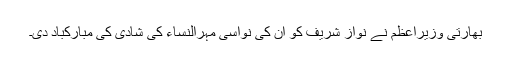
بھارتی وزیراعظم نے نواز شریف کو ان کی نواسی مہرالنساء کی شادی کی مبارکباد دی۔